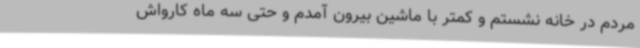
مردم در خانه نشستم و کمتر با ماشین بیرون آمدم و حتی سه ماه کارواش